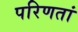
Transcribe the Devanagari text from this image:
परिणतां